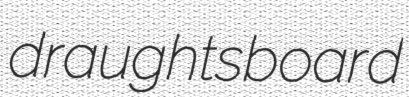
draughtsboard